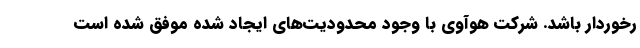
رخوردار باشد. شرکت هوآوی با وجود محدودیت‌های ایجاد شده موفق شده است